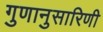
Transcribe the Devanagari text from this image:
गुणानुसारिणी